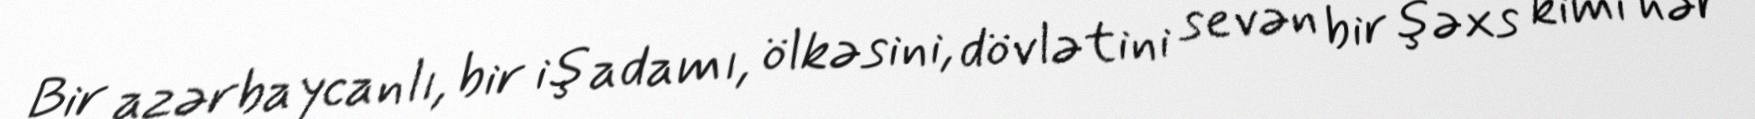
Bir azərbaycanlı, bir iş adamı, ölkəsini, dövlətini sevən bir şəxs kimi hər